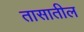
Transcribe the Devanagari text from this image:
तासातील